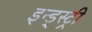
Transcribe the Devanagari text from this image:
इन्ड्स्ट्री